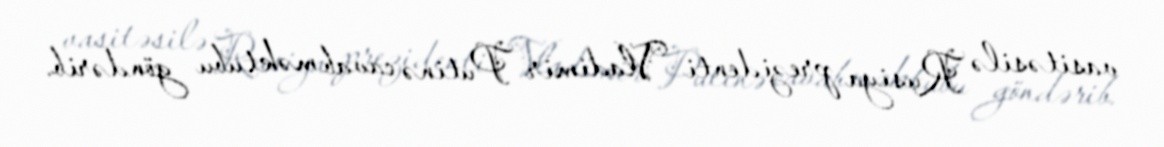
vasitəsilə Rusiya prezidenti Vladimir Putinə cavab məktubu göndərib.